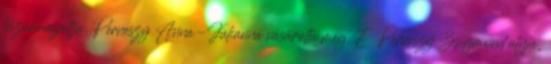
leszármazottja, Perneszy Anna-Julianna vásárolta meg. E Perneszy Zsigmond atyja,